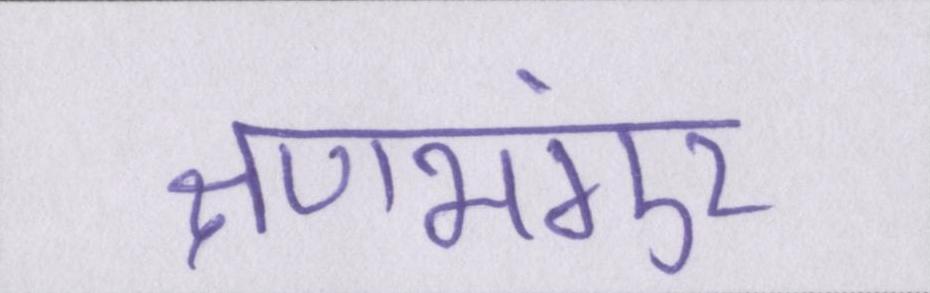
क्षणभंगुर